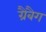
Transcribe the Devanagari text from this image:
ग्रैबैग